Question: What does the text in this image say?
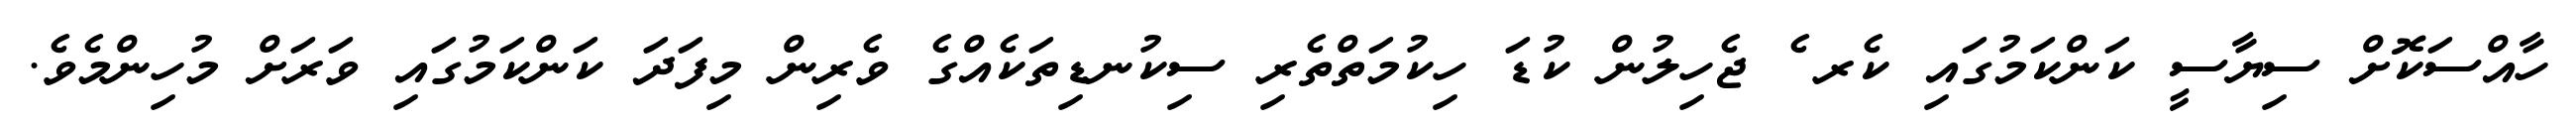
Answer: ހާއްސަކޮށް ސިޔާސީ ކަންކަމުގައި ކެރ ެ ޖެހިލުން ކުޑަ ހިކުމަތްތެރި ސިކުނޑިތަކެއްގެ ވެރިން މިފަދަ ކަންކަމުގައި ވަރަށް މުހިންމެވެ.